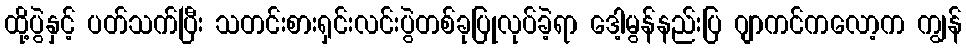
ထို့ပွဲနှင့် ပတ်သက်ပြီး သတင်းစားရှင်းလင်းပွဲတစ်ခုပြုလုပ်ခဲ့ရာ ဒေါ့မွန်နည်းပြ ဂျာကင်ကလော့က ကျွန်